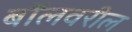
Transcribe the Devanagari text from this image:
बॉलवरील